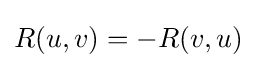
R(u,v)=-R(v,u)